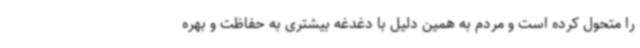
را متحول کرده است و مردم به همین دلیل با دغدغه بیشتری به حفاظت و بهره